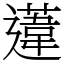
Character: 𨗨